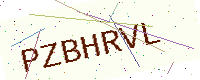
Text: PZBHRVL